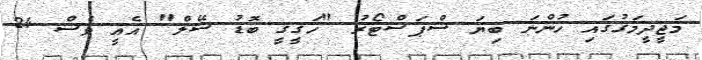
މަޖީދީމަގުގައި ހުންނަ ބިޔަ ސްޕަސްޓޯރު "ހަގީގީ ބޮޑު ސޭލް" އެއީ ވެސް 24